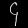
Digit: ၄